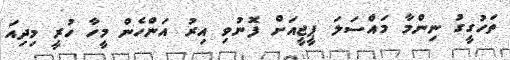
ތަހުގީގު ނިންމާ މައްސަލަ ޕީޖީއަށް ފޮނުވި އިރު އަންހެން މީހާ ހުރީ މިދިއަ